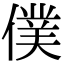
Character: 僕